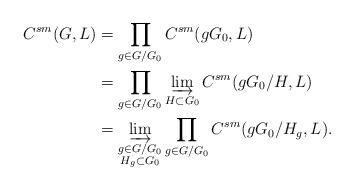
LaTeX: \begin{align*} C^{sm}(G, L) & = \prod_{g\in G/G_0} C^{sm}(gG_0, L) \\ &= \prod_{g\in G/G_0} \varinjlim_{H \subset G_0} C^{sm}(g G_0 / H, L) \\ &= \varinjlim_{\substack{g \in G / G_0 \\ H_g \subset G_0}} \prod_{g \in G / G_0} C^{sm}(g G_0 / H_g, L). \end{align*}